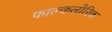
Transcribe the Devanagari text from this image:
फाल्कलोरिक